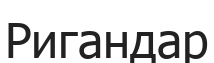
Ригандар